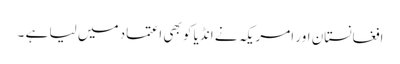
افغانستان اور امریکہ نے انڈیا کو بھی اعتماد میں لیا ہے ۔